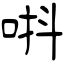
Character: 唞